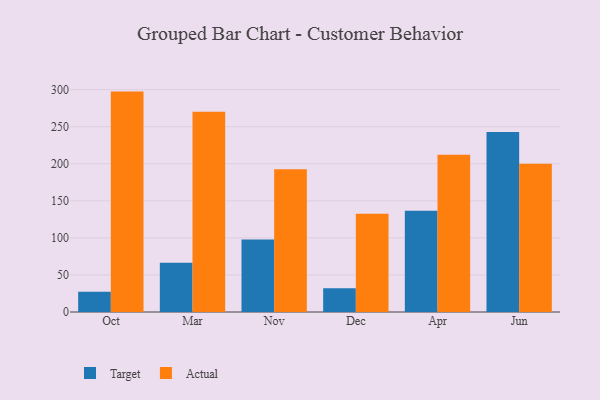
{"axis": {"x": "Month", "y": "Gross Profit (USD K)"}, "legend": ["Actual", "Target"], "data": [{"x": "Oct", "y": 27.4, "type": "Target"}, {"x": "Oct", "y": 297.4, "type": "Actual"}, {"x": "Mar", "y": 66.6, "type": "Target"}, {"x": "Mar", "y": 270.1, "type": "Actual"}, {"x": "Nov", "y": 97.7, "type": "Target"}, {"x": "Nov", "y": 192.5, "type": "Actual"}, {"x": "Dec", "y": 32.2, "type": "Target"}, {"x": "Dec", "y": 132.7, "type": "Actual"}, {"x": "Apr", "y": 136.7, "type": "Target"}, {"x": "Apr", "y": 212.3, "type": "Actual"}, {"x": "Jun", "y": 243.0, "type": "Target"}, {"x": "Jun", "y": 199.9, "type": "Actual"}]}